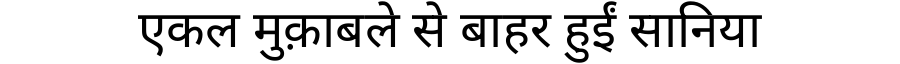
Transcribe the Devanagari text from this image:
एकल मुक़ाबले से बाहर हुईं सानिया